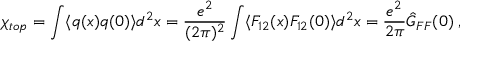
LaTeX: \chi _ { t o p } = \int \langle q ( x ) q ( 0 ) \rangle d ^ { 2 } x = \frac { e ^ { 2 } } { ( 2 \pi ) ^ { 2 } } \int \langle F _ { 1 2 } ( x ) F _ { 1 2 } ( 0 ) \rangle d ^ { 2 } x = \frac { e ^ { 2 } } { 2 \pi } \hat { G } _ { F F } ( 0 ) \; ,